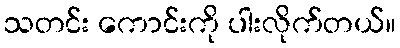
သတင်း ကောင်းကို ပါးလိုက်တယ်။